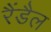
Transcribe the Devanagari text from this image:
रैंडैल